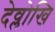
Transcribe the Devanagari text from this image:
देव्लोखि